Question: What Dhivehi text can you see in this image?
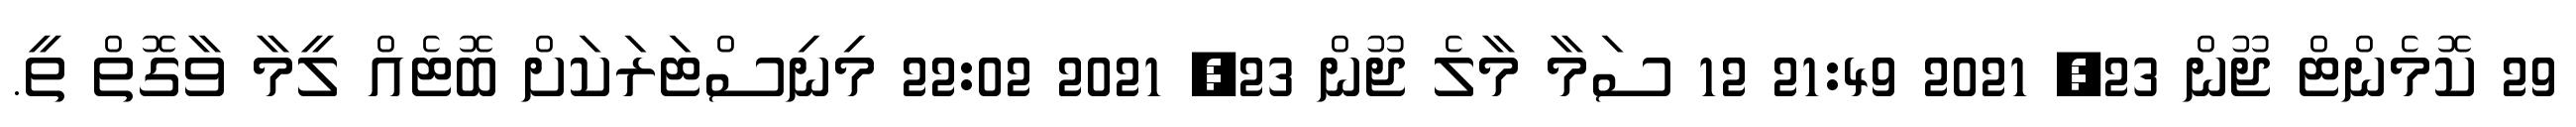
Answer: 29 ކޮމެންޓް ޖޫން 23, 2021 21:49 12 ސަމާ މާލެ ޖޫން 23, 2021 22:02 މިނިސްޓަރަކަށް ބޮޓެއް ލީމާ ވާގޮތް ތީ.